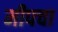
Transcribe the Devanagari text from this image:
मीपचा